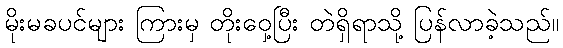
မိုးမခပင်များ ကြားမှ တိုးဝှေ့ပြီး တဲရှိရာသို့ ပြန်လာခဲ့သည်။